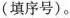
(填序号)。